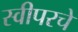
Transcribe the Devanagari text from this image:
स्वीपरचे